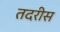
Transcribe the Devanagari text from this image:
तदरीस